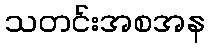
သတင်းအစအန